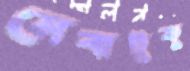
সেবাটুকু